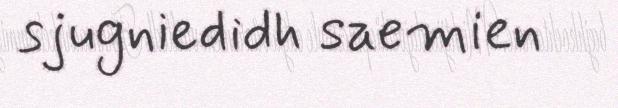
sjugniedidh saemien